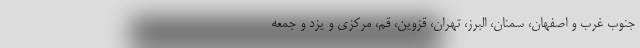
جنوب غرب و اصفهان، سمنان، البرز، تهران، قزوین، قم، مرکزی و یزد و جمعه